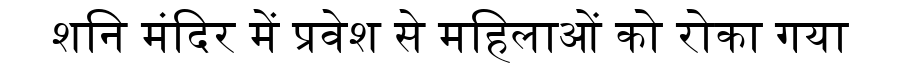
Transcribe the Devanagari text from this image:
शनि मंदिर में प्रवेश से महिलाओं को रोका गया